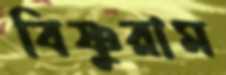
বিষ্ণুরাম